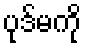
ပုဒ်မကို